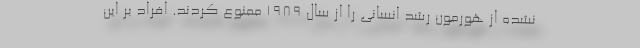
نشده از هورمون رشد انسانی را از سال 1989 ممنوع کردند. افراد بر این